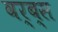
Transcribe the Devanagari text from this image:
वर्ब्स